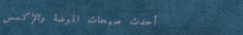
أحدث صيحات الموضة والإكسس